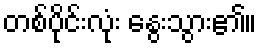
တစ်ပိုင်းလုံး နွေးသွား၏။